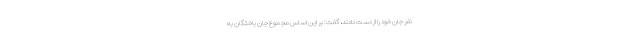
نفر جان خود را از دست دادند، گفت: بر این اساس مجموع جان باختگان به